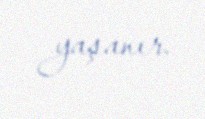
yaşanır.